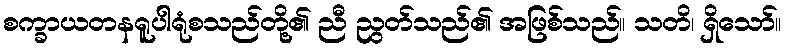
စက္ခာယတနရူပါရုံစသည်တို့၏ ညီ ညွတ်သည်၏ အဖြစ်သည်။ သတိ၊ ရှိသော်။